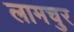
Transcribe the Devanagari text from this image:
लामचुर